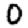
Digit: 0